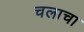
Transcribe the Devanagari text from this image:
चलाचा